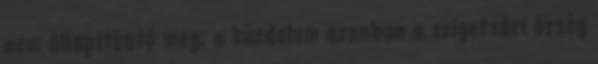
nem állapítható meg; a küzdelem azonban a szigetvári őrség